Civil Veterinary Department. Madras. Admin. report 1926-33 - 1926-1933
Year: 1926
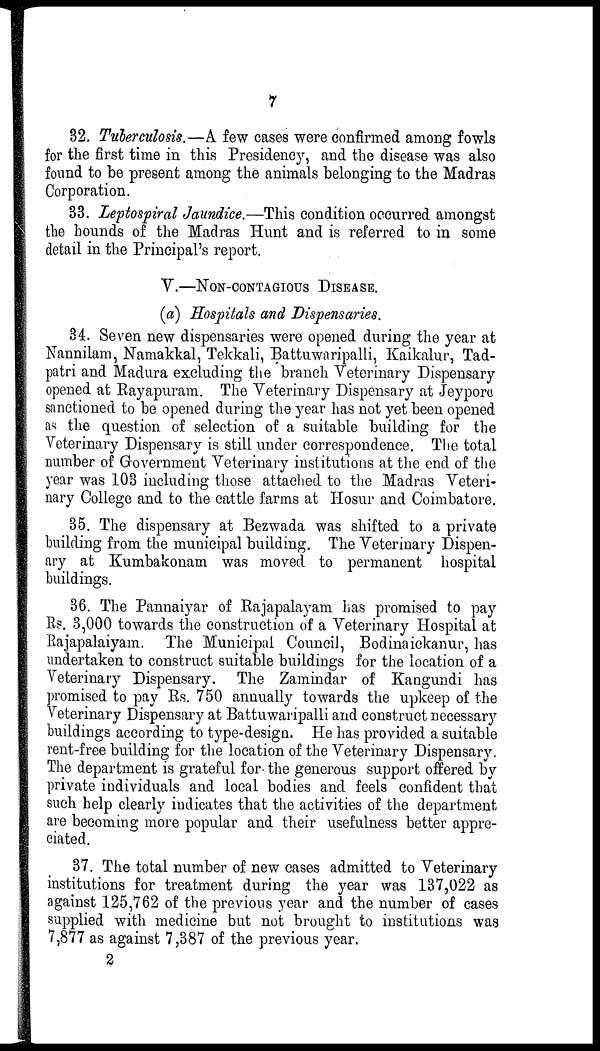
7
32. Tuberculosis.—A few cases were confirmed among fowls
for the first time in this Presidency, and the disease was also
found to be present among the animals belonging to the Madras
Corporation.
33. Leptospiral Jaundice.—This condition occurred amongst
the hounds of the Madras Hunt and is referred to in some
detail in the Principal's report.
V.—NON-CONTAGIOUS DISEASE.
(a) Hospitals and Dispensaries.
34. Seven new dispensaries were opened during the year at
Nannilam, Namakkal, Tekkali, Battuwaripalli, Kaikalur, Tad-
patri and Madura excluding the branch Veterinary Dispensary
opened at Rayapuram. The Veterinary Dispensary at Jeypore
sanctioned to be opened during the year has not yet been opened
as the question of selection of a suitable building for the
Veterinary Dispensary is still under correspondence. The total
number of Government Veterinary institutions at the end of the
year was 103 including those attached to the Madras Veteri-
nary College and to the cattle farms at Hosur and Coimbatore.
35. The dispensary at Bezwada was shifted to a private
building from the municipal building. The Veterinary Dispen-
ary at Kumbakonam was moved to permanent hospital
buildings.
36. The Pannaiyar of Rajapalayam has promised to pay
Rs. 3,000 towards the construction of a Veterinary Hospital at
Rajapalaiyam. The Municipal Council, Bodinaickanur, has
undertaken to construct suitable buildings for the location of a
Veterinary Dispensary. The Zamindar of Kangundi has
promised to pay Rs. 750 annually towards the upkeep of the
Veterinary Dispensary at Battuwaripalli and construct necessary
buildings according to type-design. He has provided a suitable
rent-free building for the location of the Veterinary Dispensary.
The department is grateful for the generous support offered by
private individuals and local bodies and feels confident that
such help clearly indicates that the activities of the department
are becoming more popular and their usefulness better appre-
ciated.
37. The total number of new cases admitted to Veterinary
institutions for treatment during the year was 137,022 as
against 125,762 of the previous year and the number of cases
supplied with medicine but not brought to institutions was
7,877 as against 7,387 of the previous year.
2